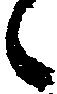
候